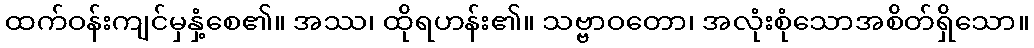
ထက်ဝန်းကျင်မှနှံ့စေ၏။ အဿ၊ ထိုရဟန်း၏။ သဗ္ဗာဝတော၊ အလုံးစုံသောအစိတ်ရှိသော။